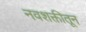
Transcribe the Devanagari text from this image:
नवशक्तीतून